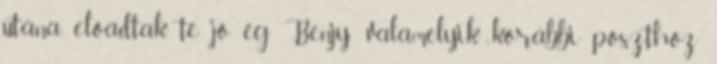
utána előadtak te jó ég Benjy: valamelyik korábbi poszthoz